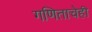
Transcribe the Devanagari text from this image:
गणिताचेही